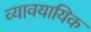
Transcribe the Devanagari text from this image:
व्यावयायिक